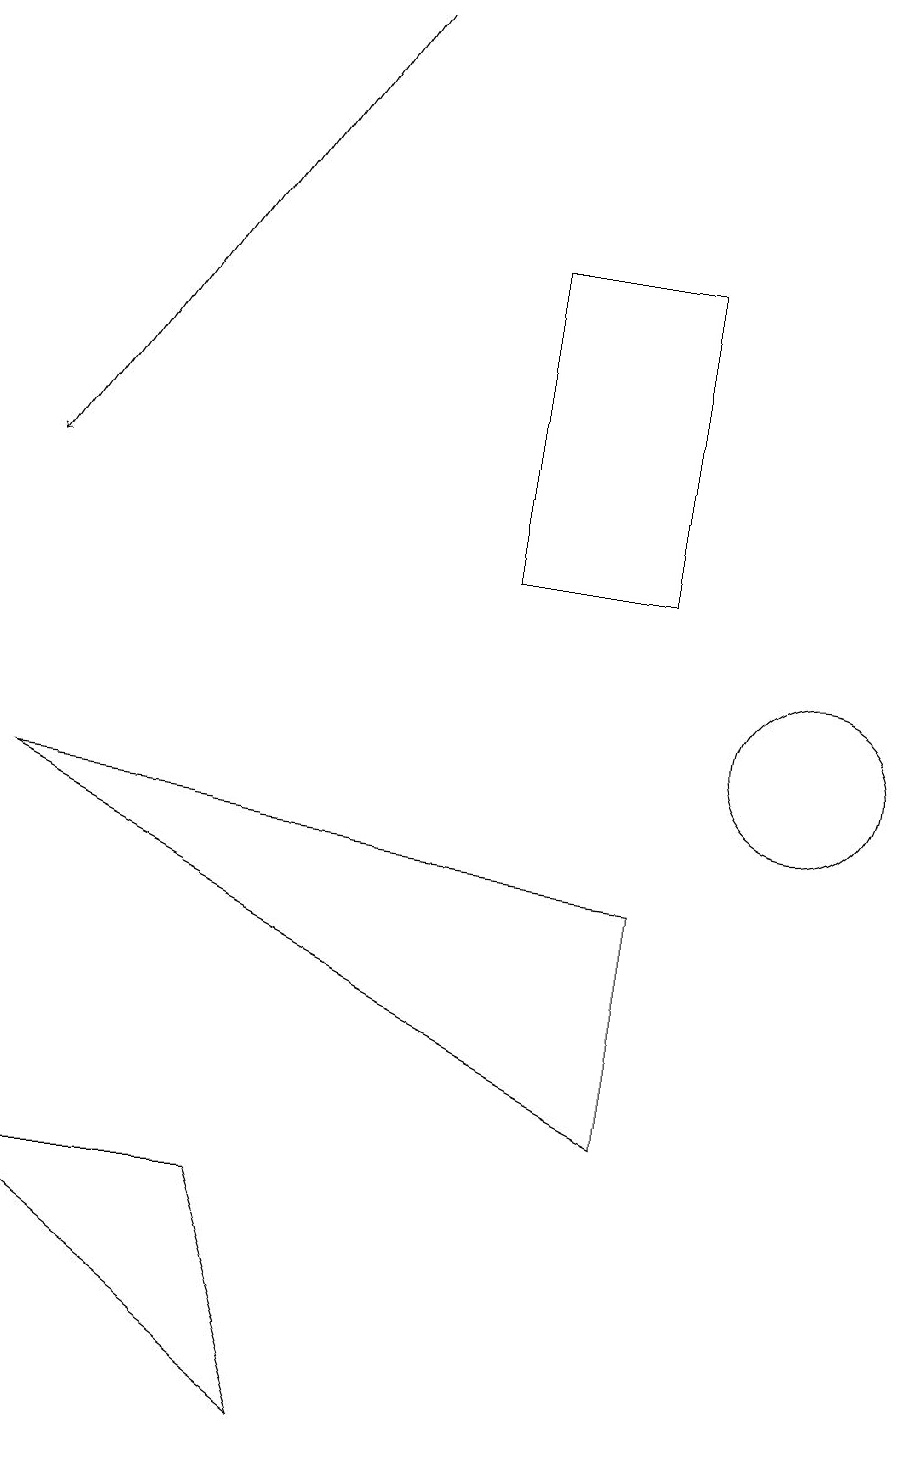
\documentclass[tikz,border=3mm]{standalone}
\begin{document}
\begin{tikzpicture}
\draw[->] (4,19) -- (0,13);
\draw (8,8) -- (8,5) -- (0,9) -- cycle;
\draw (10,10) circle (1);
\draw (0,4) -- (4,1) -- (3,4) -- cycle;
\draw (6,16) rectangle (8,12);
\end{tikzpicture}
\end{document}